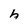
Character: h